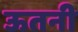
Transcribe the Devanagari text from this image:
ऊतनी